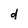
Character: d